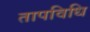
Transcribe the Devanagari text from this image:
तापविधि